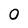
Character: O